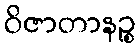
ဝိဇာတာနဉ္စ